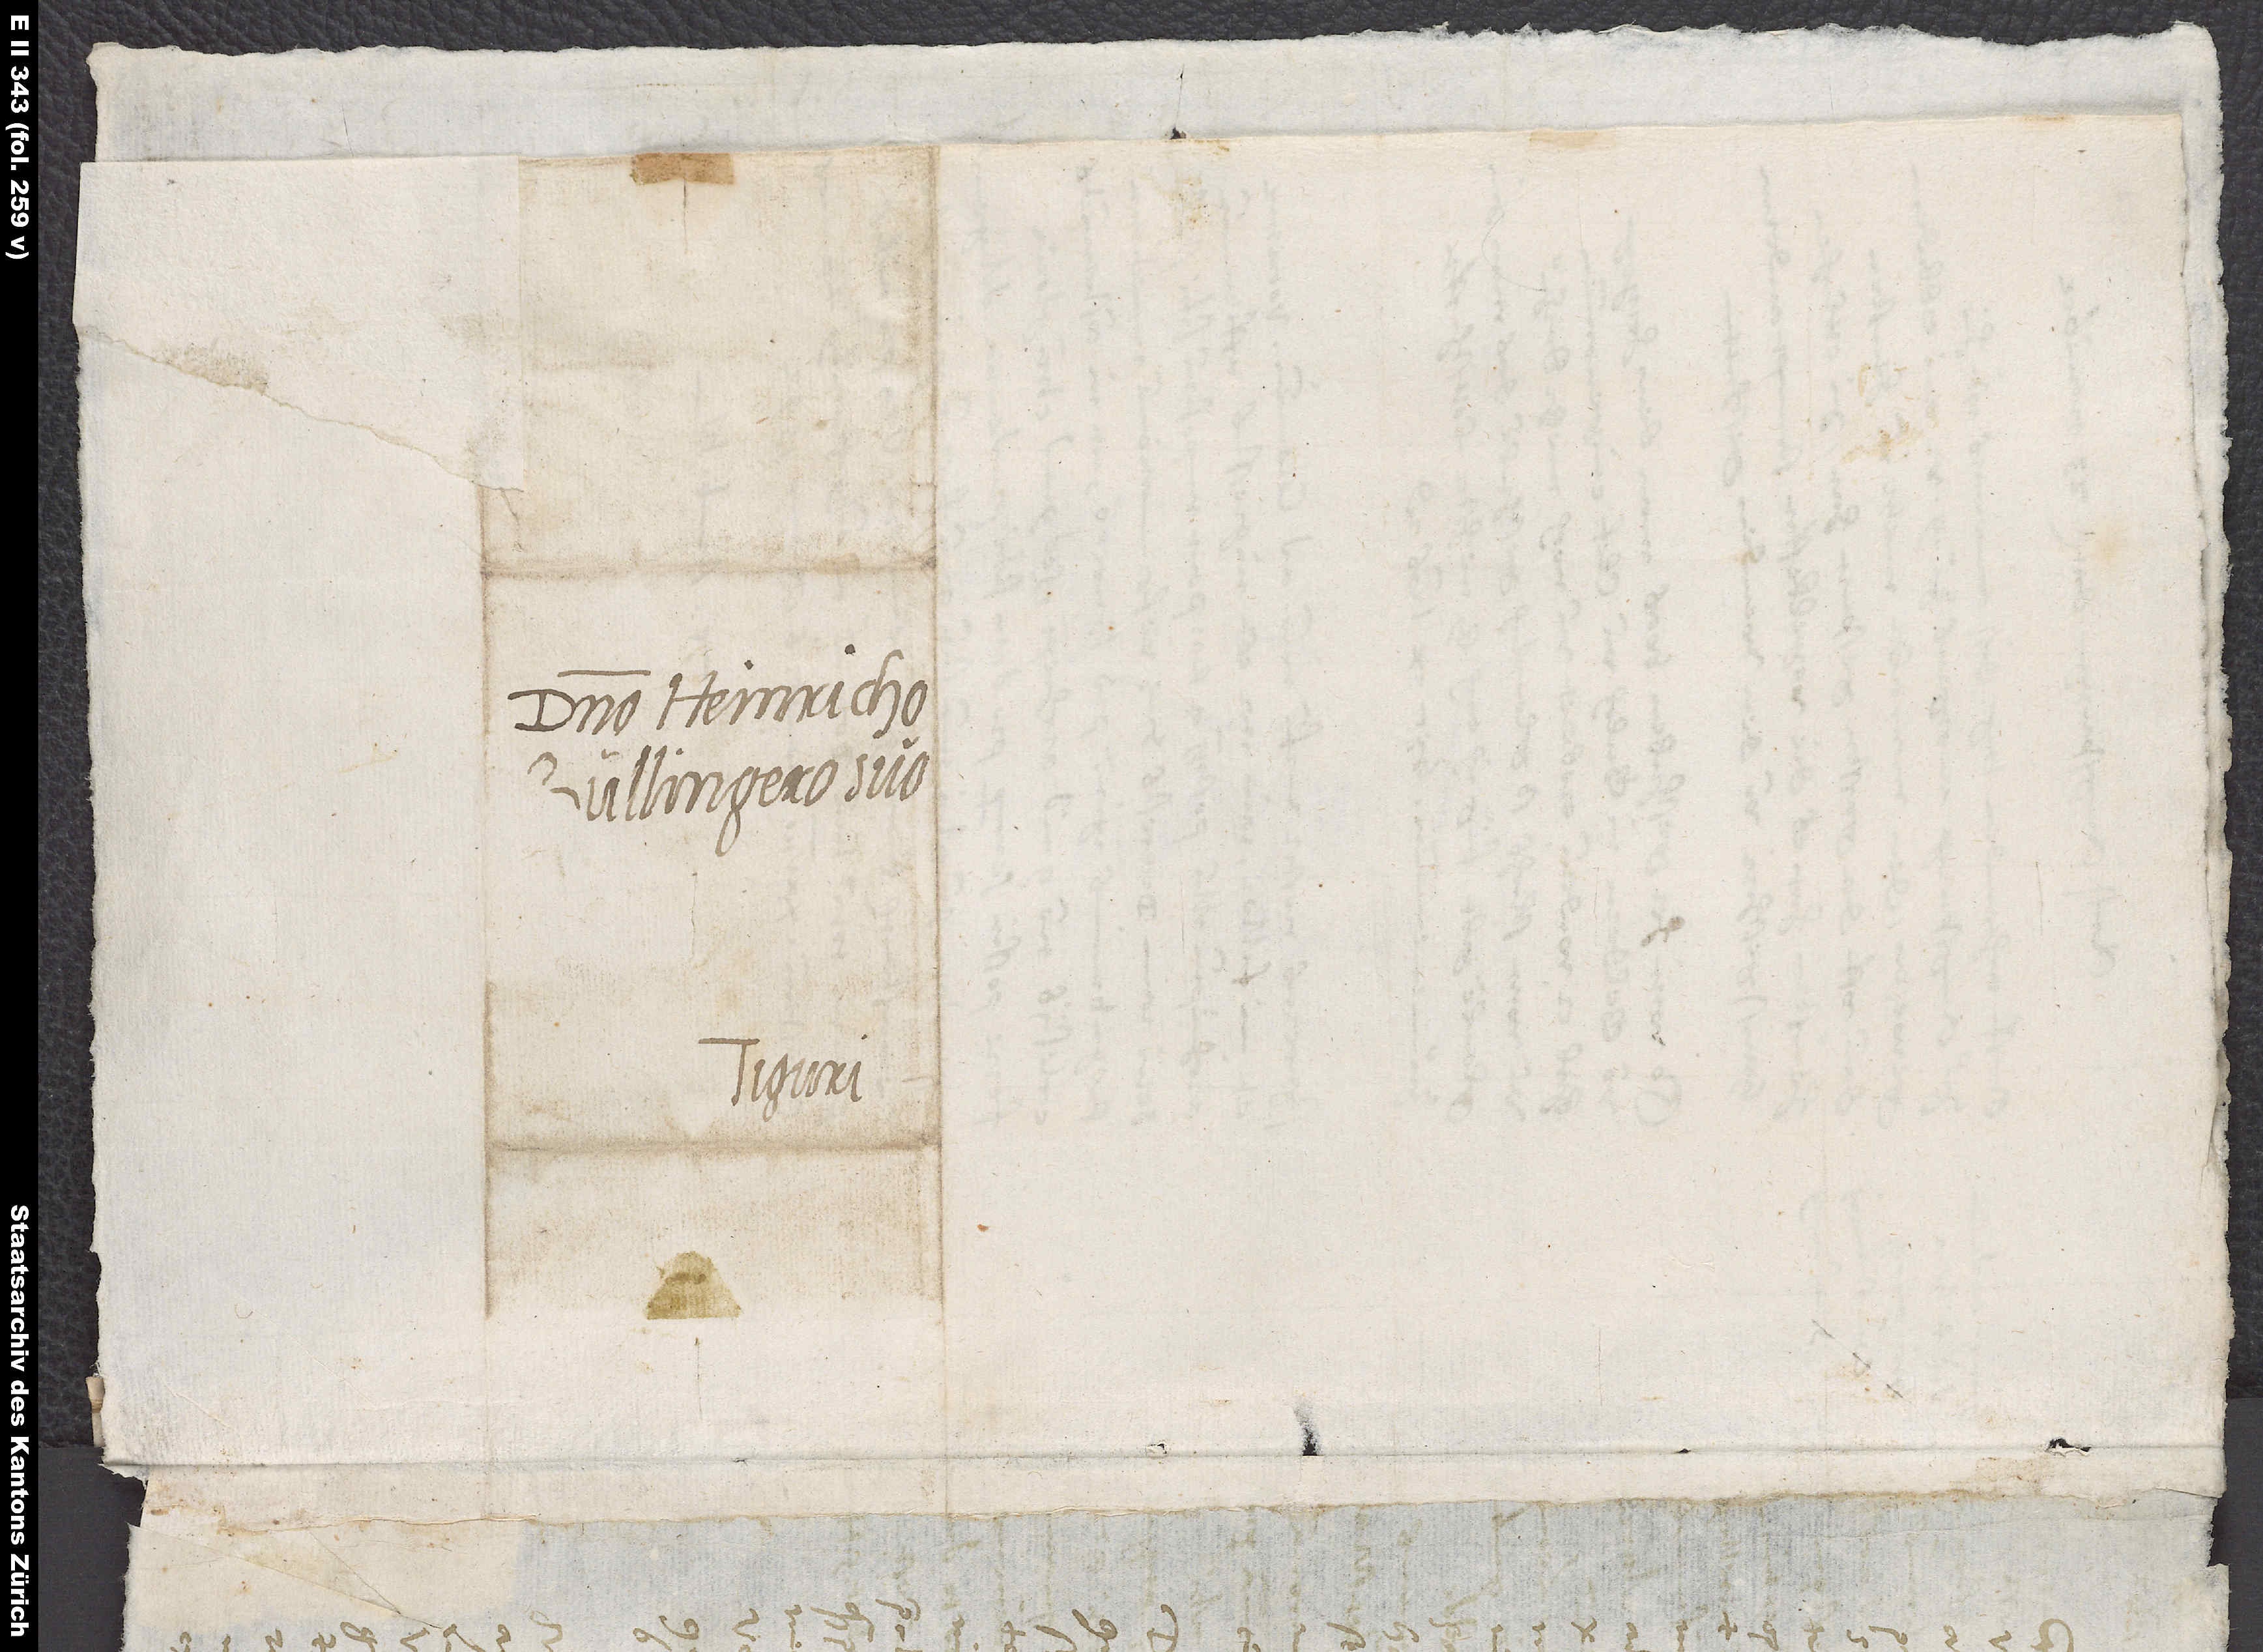
Domino Heinricho
Bullingero suo.
Tiguri.